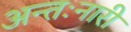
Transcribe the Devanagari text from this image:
अन्तःनारी